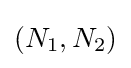
(N_{1},N_{2})